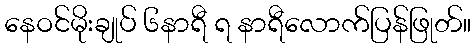
နေဝင်မိုးချုပ် ၆နာရီ ရ နာရီလောက်ပြန်ဖြုတ်။